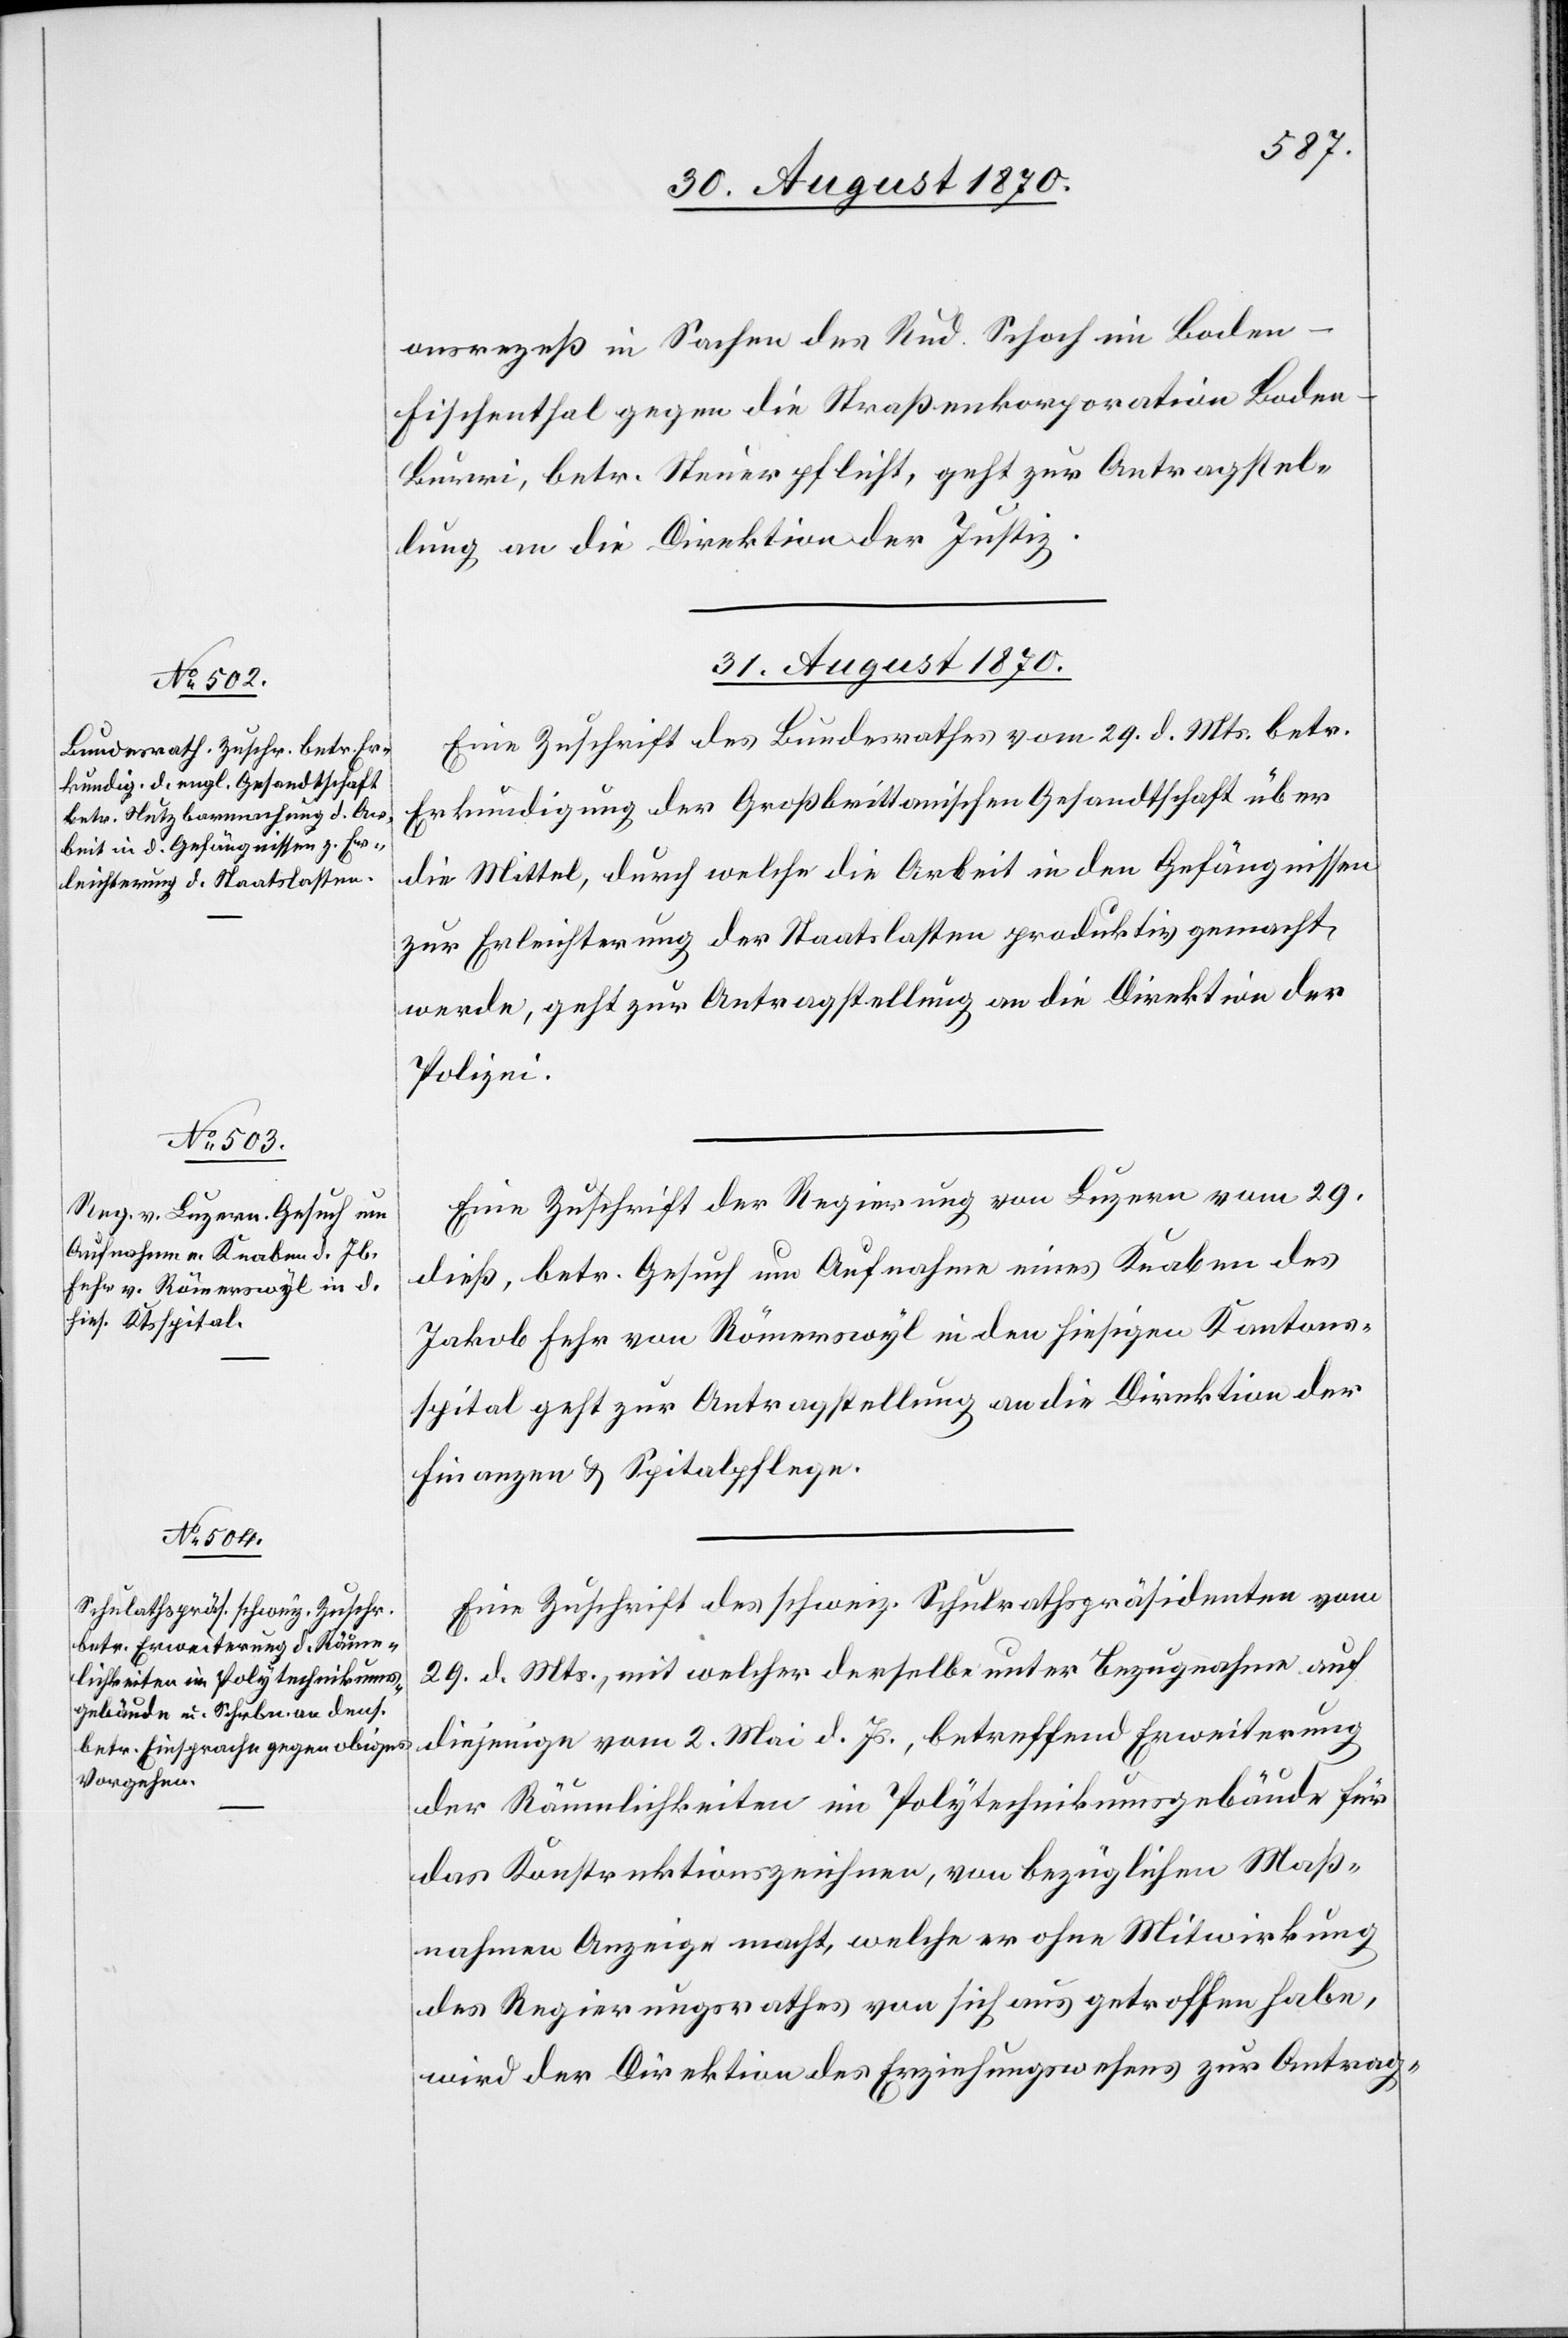
onsrezeß in Sachen des Rud. Schoch im Boden -
Fischenthal gegen die Straßenkorporation Bode¬
n-Burri, betr. Steuerpflicht, geht zur Antragstel¬
lung an die Direktion der Justiz.
31. August 1870.]
Eine Zuschrift des Bundesrathes vom 29. d. Mts. betr.
Erkundigung der Großbritan[n]ischen Gesandtschaft über
die Mittel, durch welche die Arbeit in den Gefängnissen
zur Erleichterung der Staatslasten produktiv gemacht
werde, geht zur Antragstellung an die Direktion der
Polizei.
Eine Zuschrift der Regierung von Luzern vom 29.
dieß, betr. Gesuch um Aufnahme eines Knaben des
Jakob Fehr von Römerswyl in den hiesigen Kantons¬
spital geht zur Antragstellung an die Direktion der
Finanzen & Spitalpflege.
Eine Zuschrift des schweiz. Schulrathspräsidenten vom
29. d. Mts., mit welcher derselbe unter Bezugnahme auf
diejenige vom 2. Mai d. Js., betreffend Erweiterung
der Räumlichkeiten im Polytechnikumsgebäude für
das Konstruktionszeichnen, von bezüglichen Maß¬
nahmen Anzeige macht, welche er ohne Mitwirkung
des Regierungsrathes von sich aus getroffen habe,
wird der Direktion des Erziehungswesens zur Antrag-